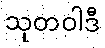
သုတဝါဒီ